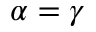
\alpha = \gamma